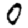
Digit: 0